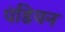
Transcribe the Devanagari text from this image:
पंडियन